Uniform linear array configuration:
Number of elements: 24
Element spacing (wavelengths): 0.75
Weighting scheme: hann
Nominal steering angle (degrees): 0
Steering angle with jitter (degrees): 1.454
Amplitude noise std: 0.05
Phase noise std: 0.05

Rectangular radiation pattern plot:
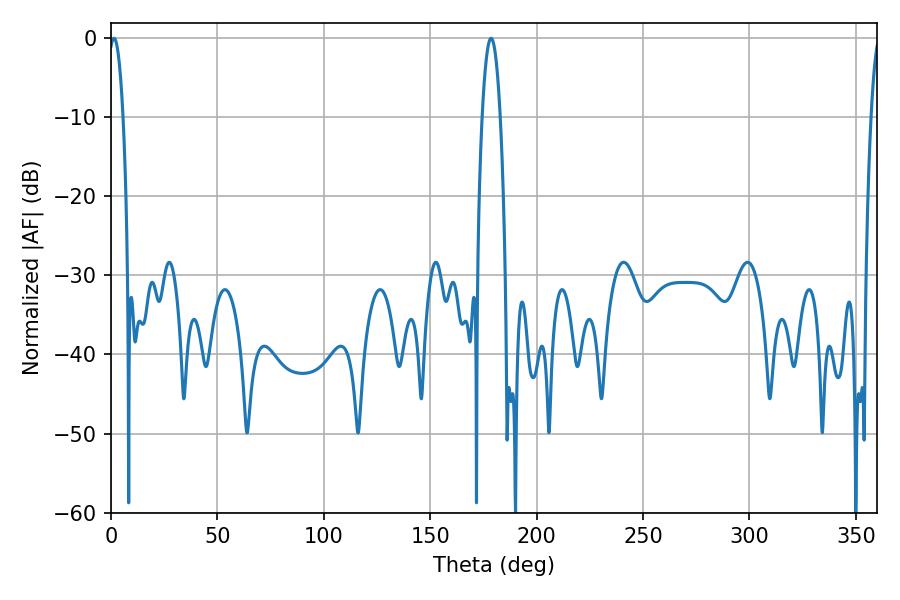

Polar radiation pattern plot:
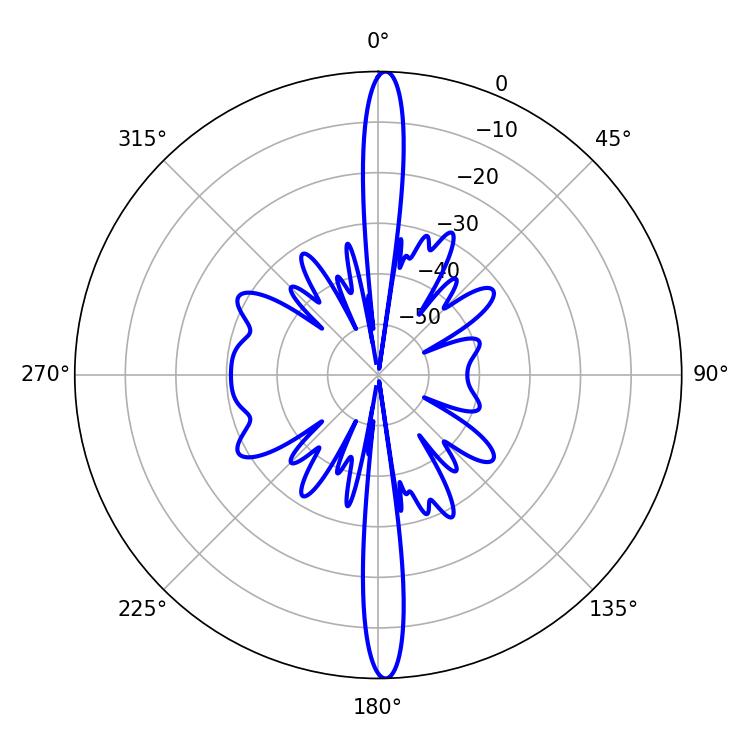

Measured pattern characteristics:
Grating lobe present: TRUE
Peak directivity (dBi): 27.377
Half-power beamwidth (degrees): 4.68
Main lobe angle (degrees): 178.56